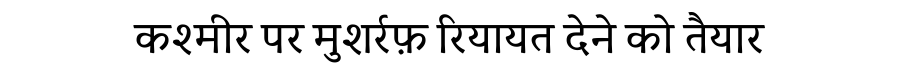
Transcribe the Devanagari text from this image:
कश्मीर पर मुशर्रफ़ रियायत देने को तैयार